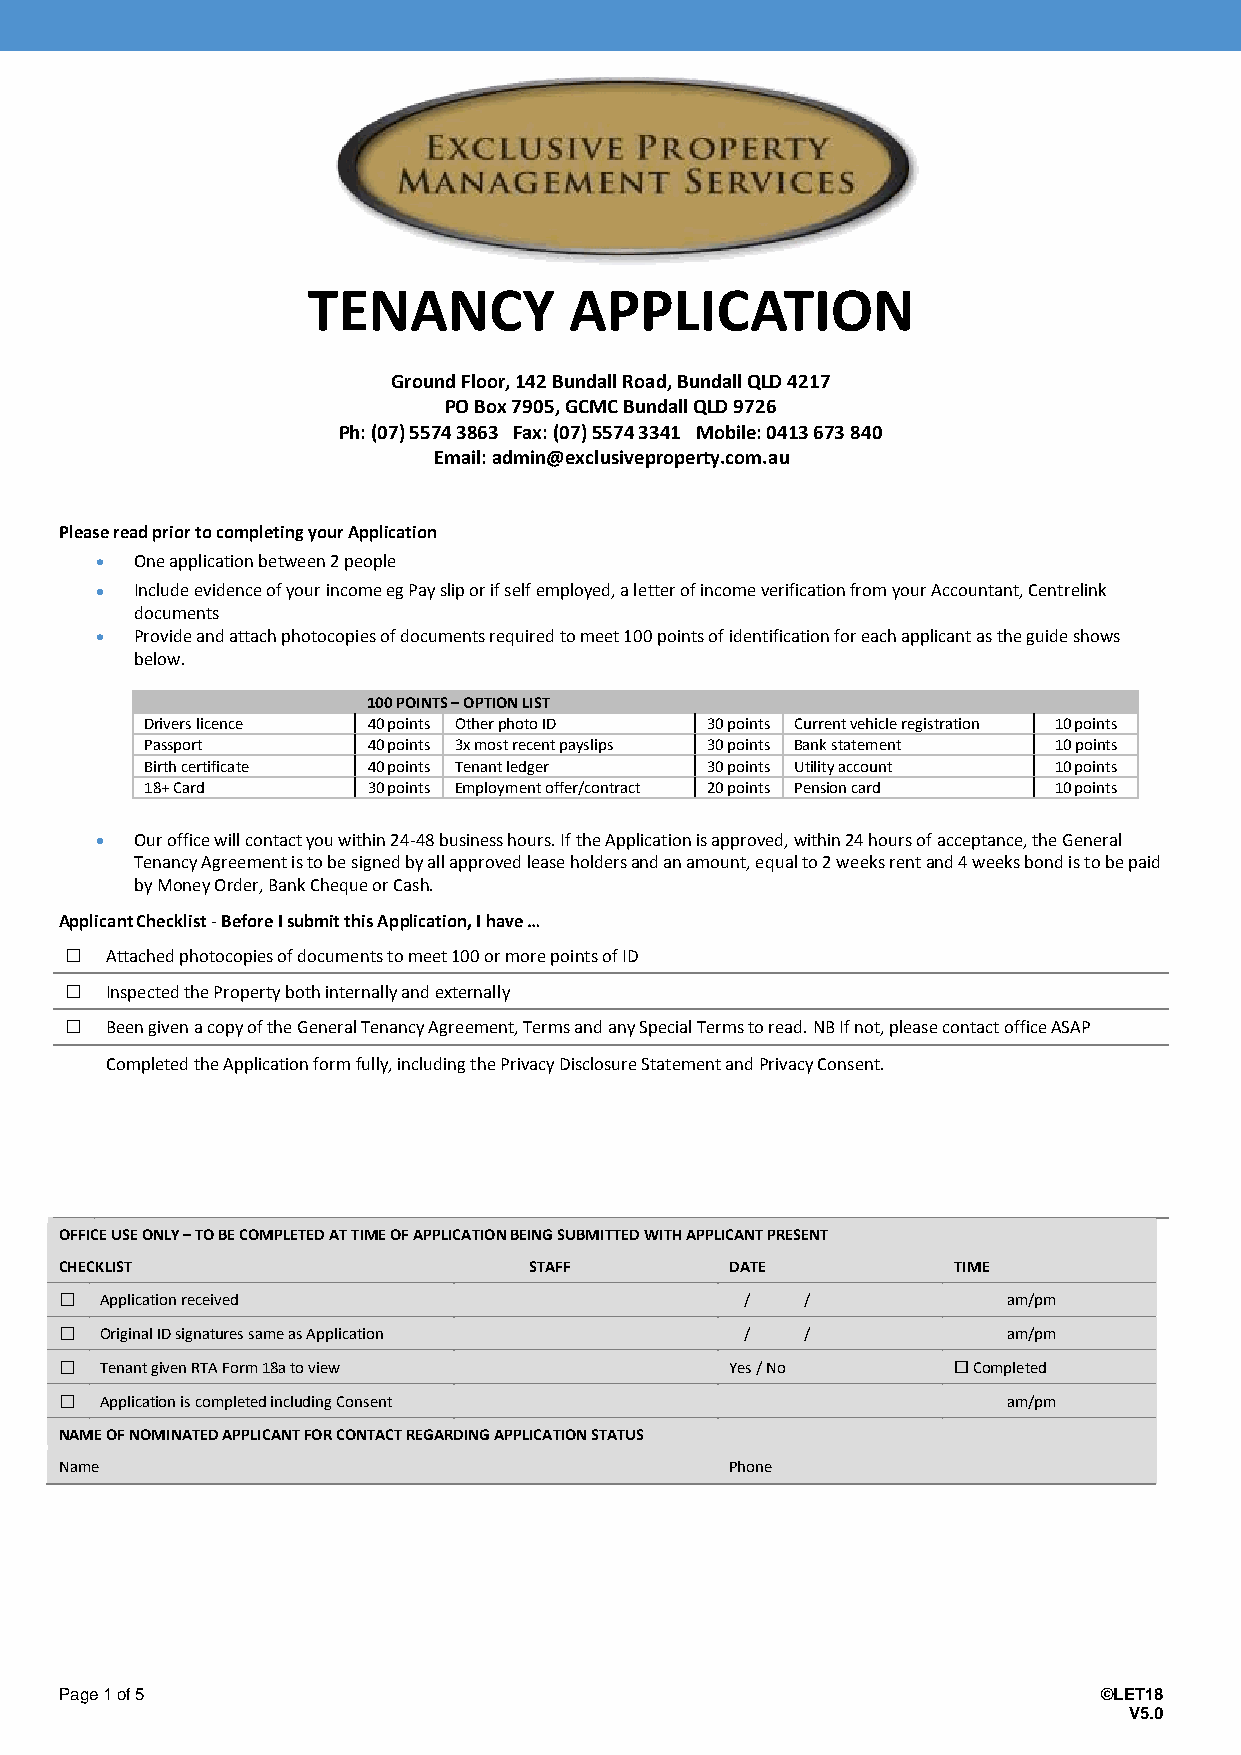
TENANCY           APPLICATION
 Ground Floor, 142 Bundall Road, Bundall QLD 4217
 PO Box 7905, GCMC Bundall QLD 9726
 Ph: (07) 5574 3863 Fax: (07) 5574 3341 Mobile: 0413 673 840
 Email: admin@exclusiveproperty.com.au
 Please read prior to completing your Application
 One application between 2 people
 Include evidence of your income eg Pay slip or if self employed, a letter of income verification from your Accountant, Centrelink
 documents
 Provide and attach photocopies of documents required to meet 100 points of identification for each applicant as the guide shows
 below.
 100 POINTS – OPTION LIST
 Drivers licence 40 points Other photo ID 30 points Current vehicle registration 10 points
 Passport      40 points 3x most recent payslips 30 points Bank statement 10 points
 Birth certificate 40 points Tenant ledger 30 points Utility account 10 points
 18+ Card      30 points Employment offer/contract 20 points Pension card 10 points
 Our office will contact you within 24-48 business hours. If the Application is approved, within 24 hours of acceptance, the General
 Tenancy Agreement is to be signed by all approved lease holders and an amount, equal to 2 weeks rent and 4 weeks bond is to be paid
 by Money Order, Bank Cheque or Cash.
 Applicant Checklist - Before I submit this Application, I have …
   Attached photocopies of documents to meet 100 or more points of ID
   Inspected the Property both internally and externally
   Been given a copy of the General Tenancy Agreement, Terms and any Special Terms to read. NB If not, please contact office ASAP
 Completed the Application form fully, including the Privacy Disclosure Statement and Privacy Consent.
 OFFICE USE ONLY – TO BE COMPLETED AT TIME OF APPLICATION BEING SUBMITTED WITH APPLICANT PRESENT
 CHECKLIST                      STAFF        DATE           TIME
   Application received                      /   /             am/pm
   Original ID signatures same as Application /  /             am/pm
   Tenant given RTA Form 18a to view        Yes / No        Completed
   Application is completed including Consent                  am/pm
 NAME OF NOMINATED APPLICANT FOR CONTACT REGARDING APPLICATION STATUS
 Name                                        Phone
 Page 1 of 5                                                          ©LET18
 V5.0